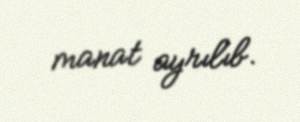
manat ayrılıb.